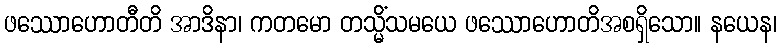
ဖဿောဟောတီတိ အာဒိနာ၊ ကတမော တသ္မိံသမယေ ဖဿောဟောတိအစရှိသော။ နယေန၊